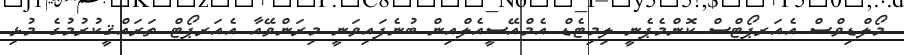
މޯލްޑިވްސް އެއަރޕޯޓްސް ކޮންމެޕެނީ ލިމިޓެޑް އެމްއޭސީއެލްއިން ބުނެފައިވަނީ މިރަންވޭއާ އެއަރޕޯޓް ތަރައްޤީކުރުމުގެ މުޅި